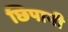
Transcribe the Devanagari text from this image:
छिपानी